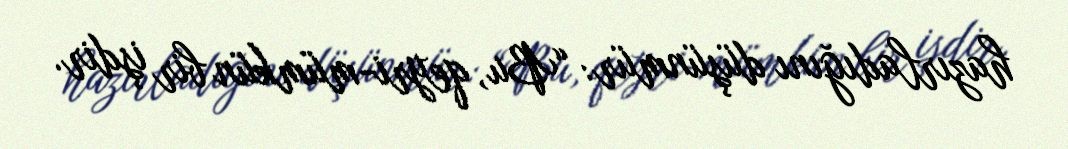
hazırladığını düşünmür: “Bu, qeyri-mümkün bir işdir.